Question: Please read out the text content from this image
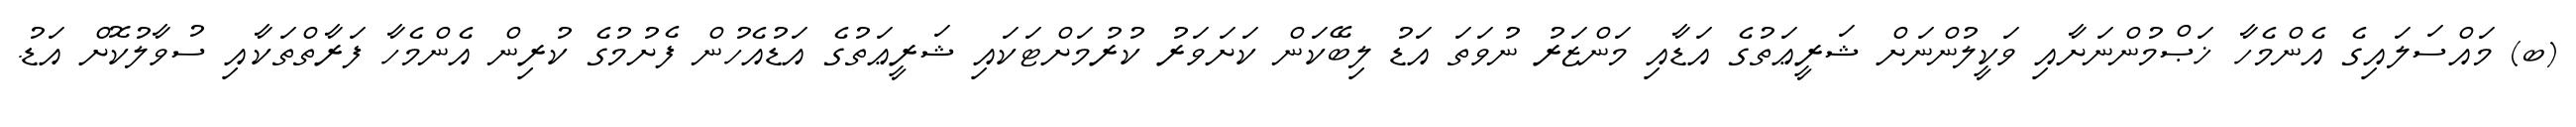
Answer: (ބ) މައްސަލައިގެ އެންމެހާ ޚަޞްމުންނަށާއި ވަކީލުންނަށް ޝަރީޢަތުގެ އަޑާއި މަންޒަރު ނުވަތަ އަޑު ލިބޭކަން ކަށަވަރު ކުރުމަށްޓަކައި ޝަރީޢަތުގެ އަޑުއެހުން ފެށުމުގެ ކުރިން އެންމެހާ ފަރާތްތަކާއި ސުވާލުކޮށް އަޑު.